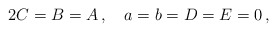
\begin{align*}2 C = B = A\, ,\quad a = b = D = E = 0\, ,\end{align*}